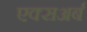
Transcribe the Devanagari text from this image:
एक्सअर्ब